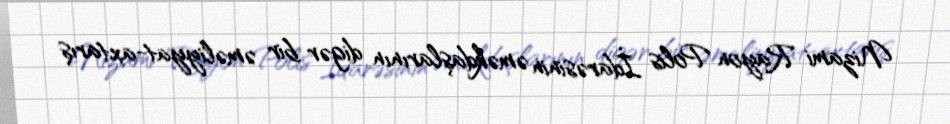
Nizami Rayon Polis İdarəsinin əməkdaşlarının digər bir əməliyyat-axtarış